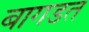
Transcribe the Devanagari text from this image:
बागडत